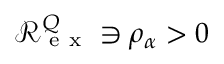
\mathcal R _ { \mathrm { ~ e ~ x ~ } } ^ { Q } \ni \rho _ { \alpha } > 0